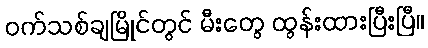
ဝက်သစ်ချမြိုင်တွင် မီးတွေ ထွန်းထားပြီးပြီ။